Lunatic asylums Central Provinces reports 1874-1885 - 1874-1885
Year: 1874
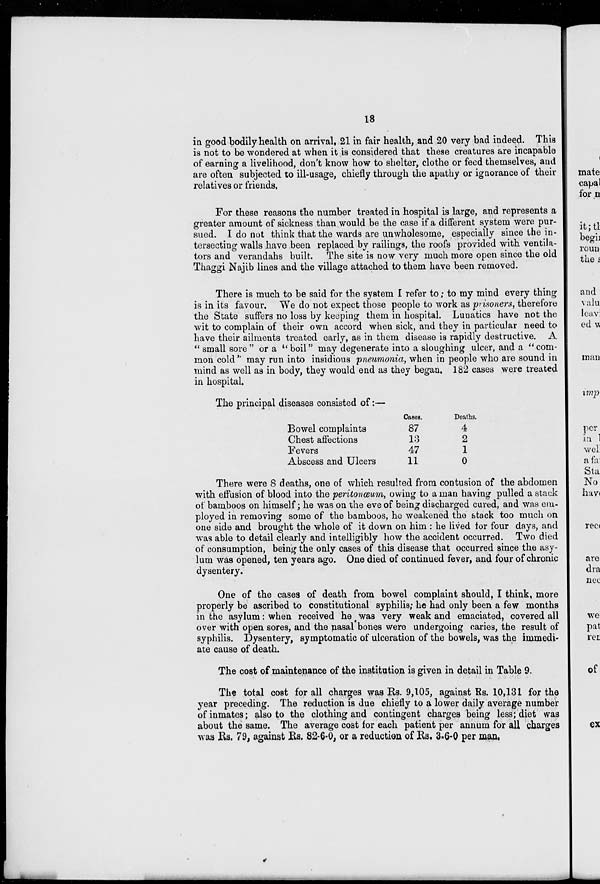
18
in good bodily health on arrival, 21 in fair health, and 20 very bad indeed. This
is not to be wondered at when it is considered that these creatures are incapable
of earning a livelihood, don't know how to shelter, clothe or feed themselves, and
are often subjected to ill-usage, chiefly through the apathy or ignorance of their
relatives or friends.
For these reasons the number treated in hospital is large, and represents a
greater amount of sickness than would be the case if a different system were pur-
sued. I do not think that the wards are unwholesome, especially since the in-
tersecting walls have been replaced by railings, the roofs provided with ventila-
tors and verandahs built. The site is now very much more open since the old
Thaggi Najib lines and the village attached to them have been removed.
There is much to be said for the system I refer to; to my mind every thing
is in its favour. We do not expect those people to work as prisoners, therefore
the State suffers no loss by keeping them in hospital. Lunatics have not the
wit to complain of their own accord when sick, and they in particular need to
have their ailments treated early, as in them disease is rapidly destructive. A
" small sore " or a " boil" may degenerate into a sloughing ulcer, and a "com-
mon cold" may run into insidious pneumonia, when in people who are sound in
mind as well as in body, they would end as they began. 182 cases were treated
in hospital.
The principal diseases consisted of:—
Bowel complaints
Chest affections
Fevers
Abscess and Ulcers
Cases.
87
13
47
11
Deaths.
4
2
1
0
There were 8 deaths, one of which resulted from contusion of the abdomen
with effusion of blood into the peritonœum, owing to a man having pulled a stack
of bamboos on himself; he was on the eve of being discharged cured, and was em-
ployed in removing some of the bamboos, he weakened the stack too much on
one side and brought the whole of it down on him : he lived for four days, and
was able to detail clearly and intelligibly how the accident occurred. Two died
of consumption, being the only cases of this disease that occurred since the asy-
lum was opened, ten years ago. One died of continued fever, and four of chronic
dysentery.
One of the cases of death from bowel complaint should, I think, more
properly be ascribed to constitutional syphilis; he had only been a few months
in the asylum: when received he was very weak and emaciated, covered all
over with open sores, and the nasal bones were undergoing caries, the result of
syphilis. Dysentery, symptomatic of ulceration of the bowels, was the immedi-
ate cause of death.
The cost of maintenance of the institution is given in detail in Table 9.
The total cost for all charges was Rs. 9,105, against Rs. 10,131 for the
year preceding. The reduction is due chiefly to a lower daily average number
of inmates; also to the clothing and contingent charges being less; diet was
about the same. The average cost for each patient per annum for all charges
was Rs. 79, against Rs. 82-6-0, or a reduction of Rs. 3-6-0 per man.